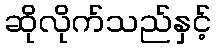
ဆိုလိုက်သည်နှင့်